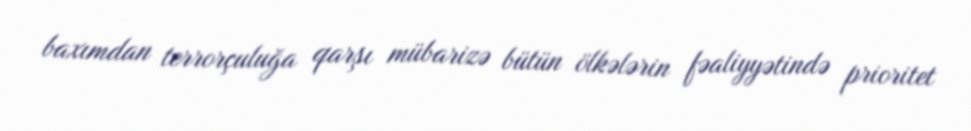
baxımdan terrorçuluğa qarşı mübarizə bütün ölkələrin fəaliyyətində prioritet